Leaving Certificate Examination (including Day School Certificate (Higher) General paper), 1936
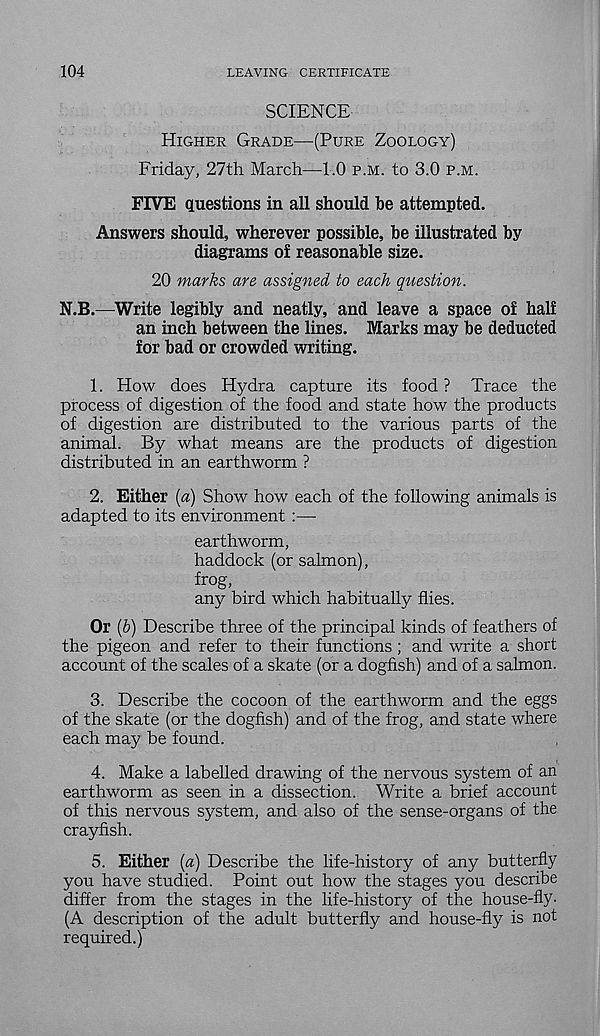
104
LEAVING CERTIFICATE
SCIENCE
Higher Grade—(Pure Zoology)
Friday, 27th March—1.0 p.m. to 3.0 p.m.
FIVE questions in all should he attempted.
Answers should, wherever possible, be illustrated by
diagrams o£ reasonable size.
20 marks are assigned to each question.
N.B.—Write legibly and neatly, and leave a space oi hali
an inch between the lines. Marks may be deducted
for bad or crowded writing.
1. How does Hydra capture its food ? Trace the
process of digestion of the food and state how the products
of digestion are distributed to the various parts of the
animal. By what means are the products of digestion
distributed in an earthworm ?
2. Either (a) Show how each of the following animals is
adapted to its environment :—
earthworm,
haddock (or salmon),
frog,
any bird which habitually flies.
Or (&) Describe three of the principal kinds of feathers of
the pigeon and refer to their functions ; and write a short
account of the scales of a skate (or a dogfish) and of a salmon.
3. Describe the cocoon of the earthworm and the eggs
of the skate (or the dogfish) and of the frog, and state where
each may be found.
4. Make a labelled drawing of the nervous system of an
earthworm as seen in a dissection. Write a brief account
of this nervous system, and also of the sense-organs of the
crayhsh.
5. Either (a) Describe the life-history of any butterfly
you have studied. Point out how the stages you describe
differ from the stages in the life-history of the house-fly-
(A description of the adult butterfly and house-fly is not
required.)